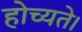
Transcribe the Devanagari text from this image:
होच्यते।